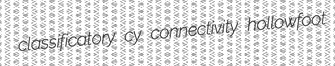
classificatory cy connectivity hollowfoot